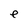
Character: e